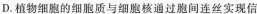
D.植物细胞的细胞质与细胞核通过胞间连丝实现信